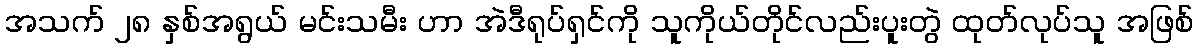
အသက် ၂၈ နှစ်အရွယ် မင်းသမီး ဟာ အဲဒီရုပ်ရှင်ကို သူကိုယ်တိုင်လည်းပူးတွဲ ထုတ်လုပ်သူ အဖြစ်